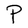
Character: P